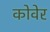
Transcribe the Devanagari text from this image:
कोवेर